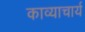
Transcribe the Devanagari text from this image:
काव्याचार्य